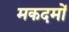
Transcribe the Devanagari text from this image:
मकदमों